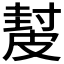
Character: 𥀂